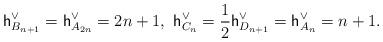
LaTeX: \begin{align*} \mathsf{h}_{B_{n+1}}^\vee=\mathsf{h}_{A_{2n}}^\vee=2n+1, \ \mathsf{h}_{C_n}^\vee=\dfrac{1}{2}\mathsf{h}_{D_{n+1}}^\vee=\mathsf{h}^\vee_{A_n}=n+1.\end{align*}